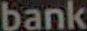
bank